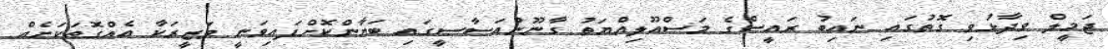
ޖަމީލް ވިދާޅުވި ގޮތުގައި ނައިބު ރައީސްގެ މަސްއޫލިއްޔަތު ގާނޫނުއަސާސީގައި ބަޔާންކޮށްފައިވަނީ ވަޒީރަކާ އެއްގޮތަކަށެއް